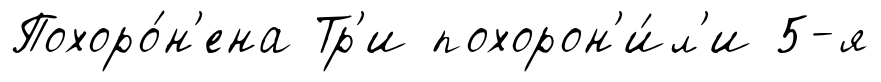
Похоро́н'ена Тр'и похорон'и́л'и 5-я